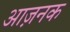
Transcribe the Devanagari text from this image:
आज़नक